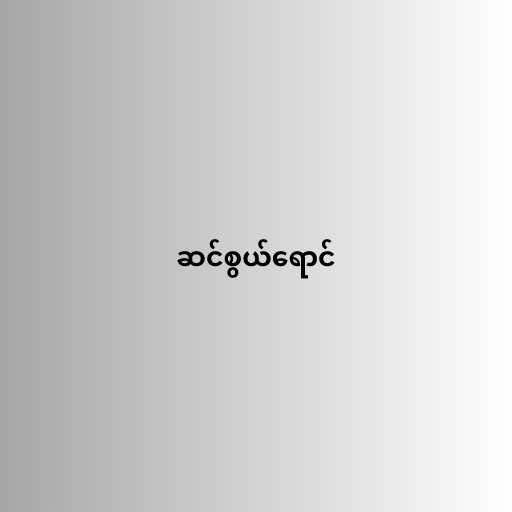
ဆင်စွယ်ရောင်